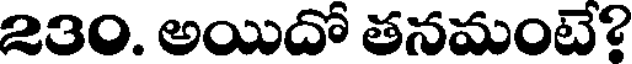
230. అయిదో తనమంటే?